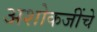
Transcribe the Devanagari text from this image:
अशोकजींचे